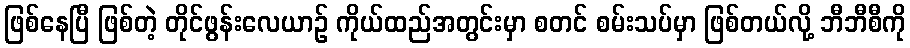
ဖြစ်နေပြီ ဖြစ်တဲ့ တိုင်ဖွန်းလေယာဉ် ကိုယ်ထည်အတွင်းမှာ စတင် စမ်းသပ်မှာ ဖြစ်တယ်လို့ ဘီဘီစီကို